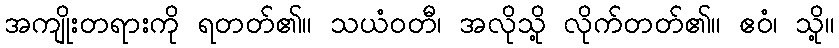
အကျိုးတရားကို ရတတ်၏။ သယံဝတီ၊ အလိုသို့ လိုက်တတ်၏။ ဧဝံ၊ သို့။